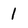
Character: I